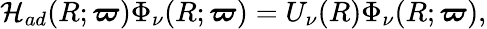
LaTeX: \mathcal{H}_{ad}(R;\boldsymbol{\varpi})\Phi_{\nu}(R;\boldsymbol{\varpi})=U_{\nu}(R)\Phi_{\nu}(R;\boldsymbol{\varpi}),